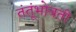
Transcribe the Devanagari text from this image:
तंतूंभोवती